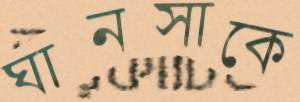
ঘানসাকে